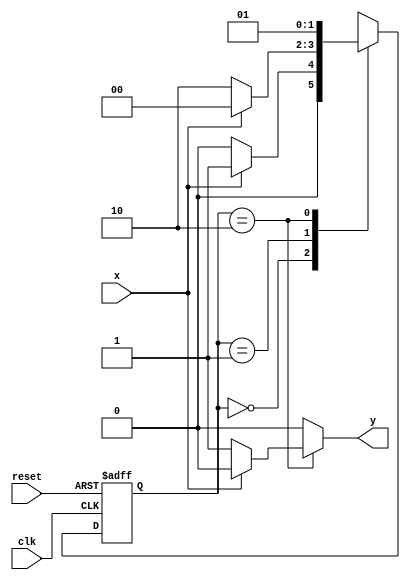
// ---------------
// Mealy1010 - Mquinas de estado finito - Mealy FSM
// Nome: Josemar Alves Caetano
// Matrcula: 448662
// Data: 17/09/2012
// ----------------

// ----------------
// Mealy FSM
// ----------------

// Definio de constantes
 `define found 1
 `define notfound 0
 
// FSM por Mealy
module mealy1010(y, x, clk, reset);
output y;
input x;
input clk;
input reset;

reg y;

parameter //Identificadores de estado
 start = 2'b00,
 id1   = 2'b01,
 id10  = 2'b10;
 
 reg[1:0] E1; //Estado atual das variveis
 reg[1:0] E2; //Prximo estado lgico de sada
 
//Prximo estado lgico
 always @(x or E1)
  begin
   y = `notfound;
   case(E1)

    start:
     if(x)
      E2 = id1;
     else
      E2 = start;
    id1:
     if(~x)
      E2 = id10;
     else
	   begin
       E2 = start;
		 y = `notfound;
		end
    id10:
     if(x)
       E2 = id1;
     else
      begin
       E2 = id1;
       y = `found;
      end
    default: //Estado indefinido
      E2 = 2'bxx;
   endcase
 end //Sempre em sinal ou mudana de estado
 
// Variveis de estado
 always @(posedge clk or negedge reset)
  begin
   if(reset)
    E1 = E2; //Atualize o estado atual
   else
    E1 = 0; //Resete
  end //Sempre em mudana de sinal

endmodule //mealy1010